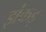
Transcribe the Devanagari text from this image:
झंकड़